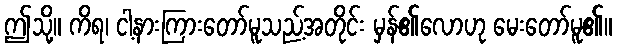
ဤသို့။ ကိရ၊ ငါ့နားကြားတော်မူသည့်အတိုင်း မှန်၏လောဟု မေးတော်မူ၏။